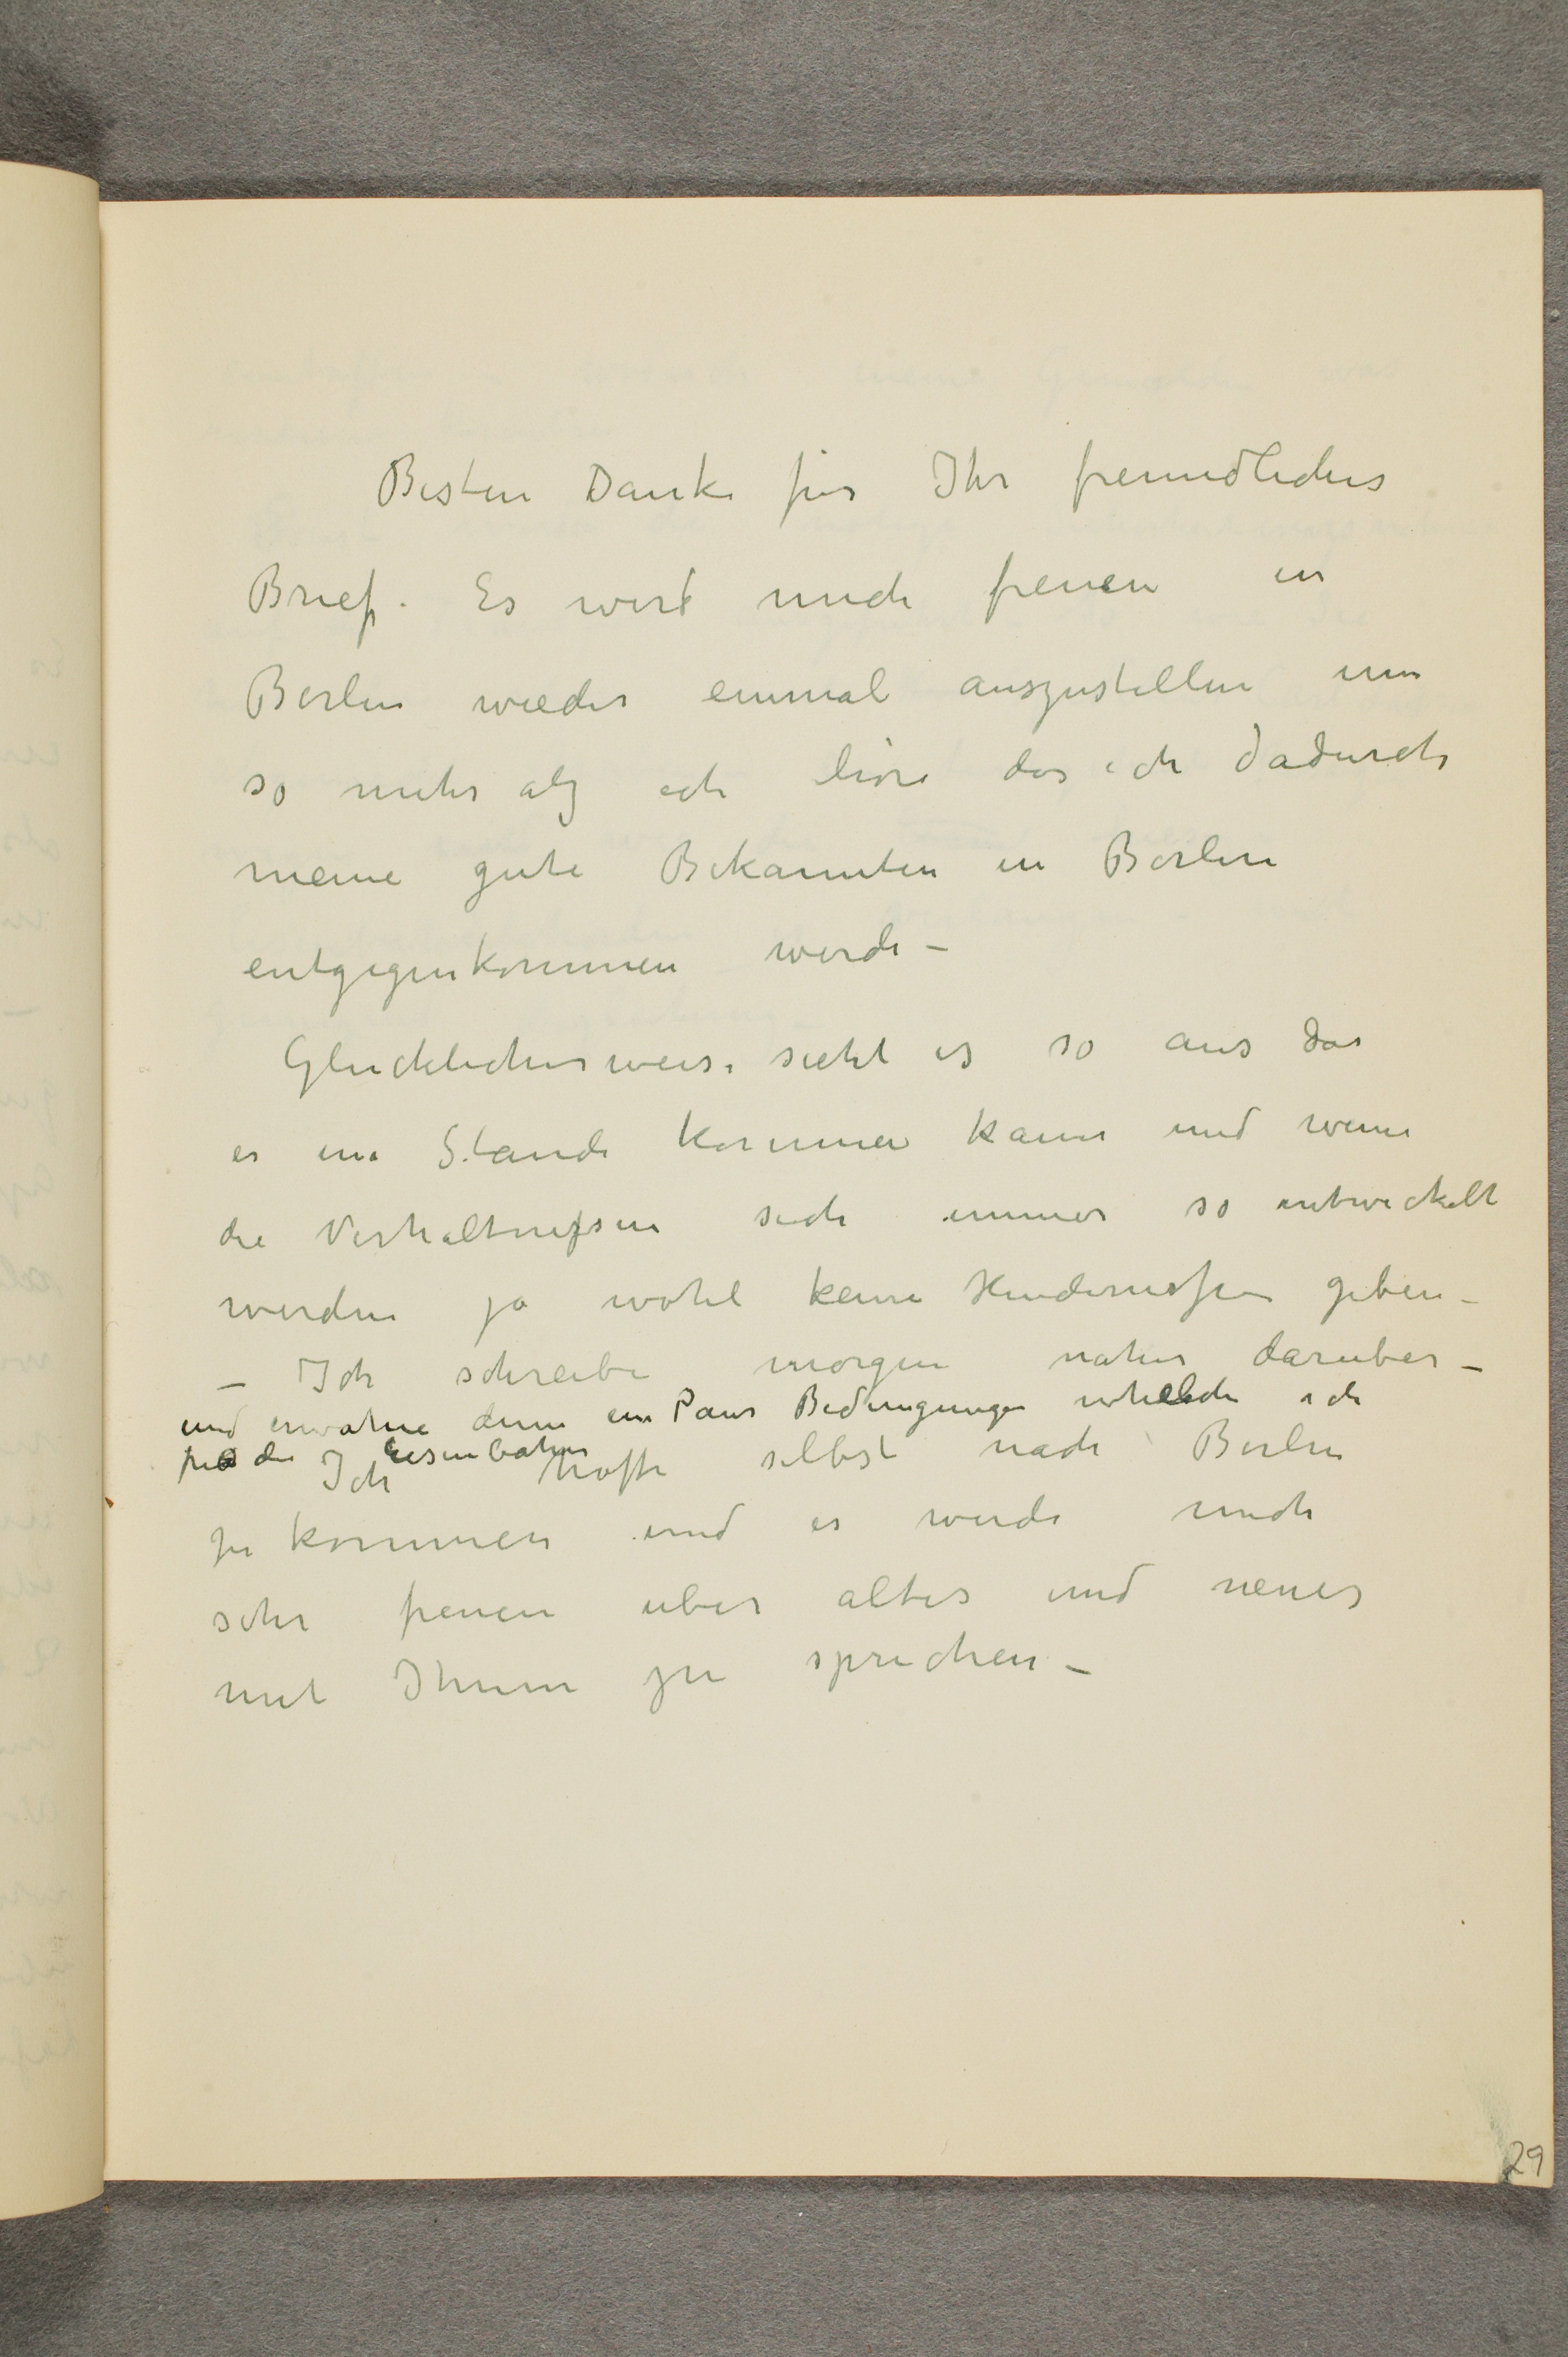
Besten Dank für Ihr freundliches
Brief. Es wird mich freuen in
Berlin wieder einmal auszustellen um
so mehr alz ich höre das ich dadurch
meine gute Bekannten in Berlin
entgegenkommen werde -
Glucklicher weise sieht es so aus das
es in Stande kommen kann und wenn
die Verhaltnizsen sich immer so entwickelt
werden ja wohl keine Hindernissen geben -
- Ich schreibe morgen naher daruber -
und erwahre denn ein Paar Bedingungen whelche ich
fur die Eisenbahn
Ich hoffe selbst nach Berlin
zu kommen und es werde mich
sehr freuen uber altes und neues
mit Ihnen zu sprechen -